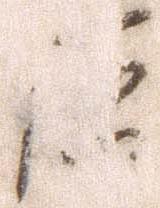
原